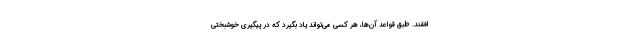
افقند. طبق قواعد آن‌ها، هر کسی می‌تواند یاد بگیرد که در پیگیری خوشبختی